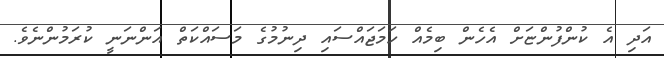
އަދި އެ ކުންފުންޏަށް އެހެން ބިމެއް ހަމަޖައްސައި ދިނުމުގެ މަސައްކަތް އަންނަނީ ކުރަމުންނެވެ.